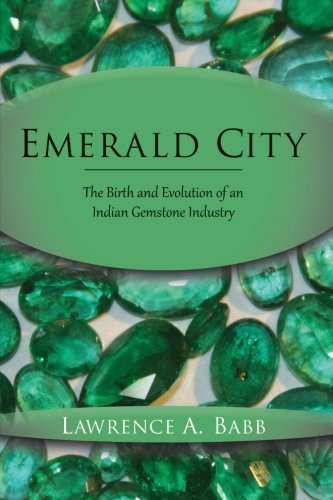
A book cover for Emerald City: The Birth and Evolution of an Indian Gemstone Industry; Lawrence A. Babb; Religion & Spirituality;